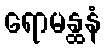
ရောမန္ထနံ